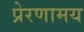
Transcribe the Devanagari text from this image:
प्रेरणामय